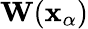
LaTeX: \mathbf{W}(\mathbf{x_{\alpha}})